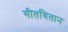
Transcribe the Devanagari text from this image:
गीतबितान